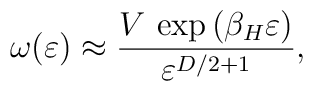
\omega(\varepsilon) \approx{V\,\exp{(\beta_H\varepsilon)}\over \varepsilon^{D/2+1}} ,